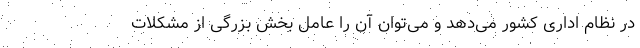
در نظام اداری کشور می‌دهد و می‌توان آن را عامل بخش بزرگی از مشکلات